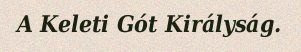
A Keleti Gót Királyság.